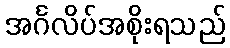
အင်္ဂလိပ်အစိုးရသည်